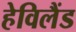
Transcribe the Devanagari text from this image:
हेविलैंड